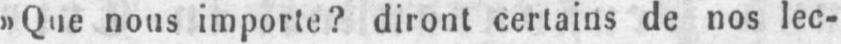
»Que nous importe? diront certains de nos lec-